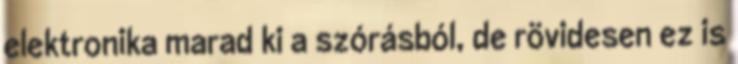
elektronika marad ki a szórásból, de rövidesen ez is